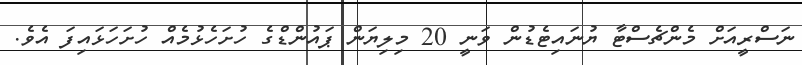
ނަސްރީއަށް މެންޗެސްޓާ ޔުނައިޓެޑުން ވަނީ 20 މިލިޔަން ޕައުންޑްގެ ހުށަހެޅުމެއް ހުށަހަޅައިފަ އެވެ.